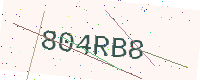
Text: 804RB8